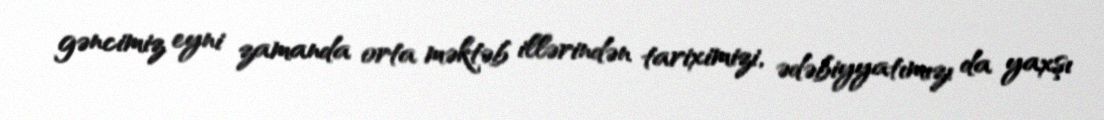
gəncimiz eyni zamanda orta məktəb illərindən tariximizi, ədəbiyyatımızı da yaxşı